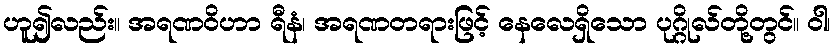
ဟူ၍လည်း။ အရဏဝိဟာ ရီနံ၊ အရဏတရားဖြင့် နေလေရှိသော ပုဂ္ဂိုလ်တို့တွင်။ ဝါ၊